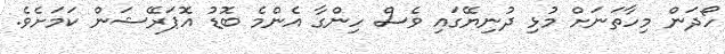
ހޯދަން މިހާތަނަށް މުޅި ދުނިޔޭގައި ވެސް ހިންގާ އެންމެ ބޮޑު އޮޕަރޭޝަން ކަމަށެވެ.